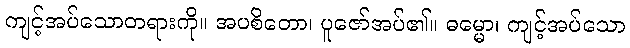
ကျင့်အပ်သောတရားကို။ အပစိတော၊ ပူဇော်အပ်၏။ ဓမ္မော၊ ကျင့်အပ်သော